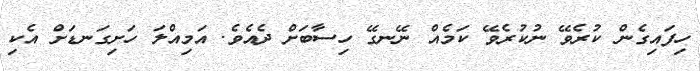
ހިފައިގެން ކުރެވޭ ނުކުރެވޭ ކަމެއް ނޭނގޭ ހިސާބަށް ދެއެވެ. އަމިއްލަ ހަށިގަނޑަށް އެކި